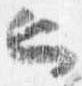
也